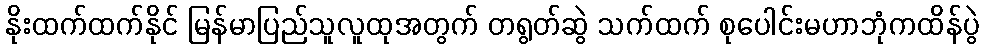
နိုးထက်ထက်နိုင် မြန်မာပြည်သူလူထုအတွက် တရွတ်ဆွဲ သက်ထက် စုပေါင်းမဟာဘုံကထိန်ပွဲ